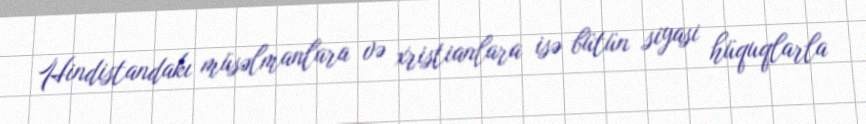
Hindistandakı müsəlmanlara və xristianlara isə bütün siyasi hüquqlarla